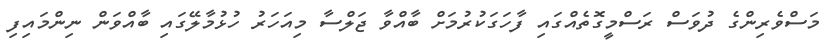
މަސްވެރިންގެ ދުވަސް ރަސްމީގޮތެއްގައި ފާހަގަކުރުމަށް ބާއްވާ ޖަލްސާ މިއަހަރު ހުޅުމާލޭގައި ބާއްވަން ނިންމައިފި